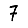
Digit: 7